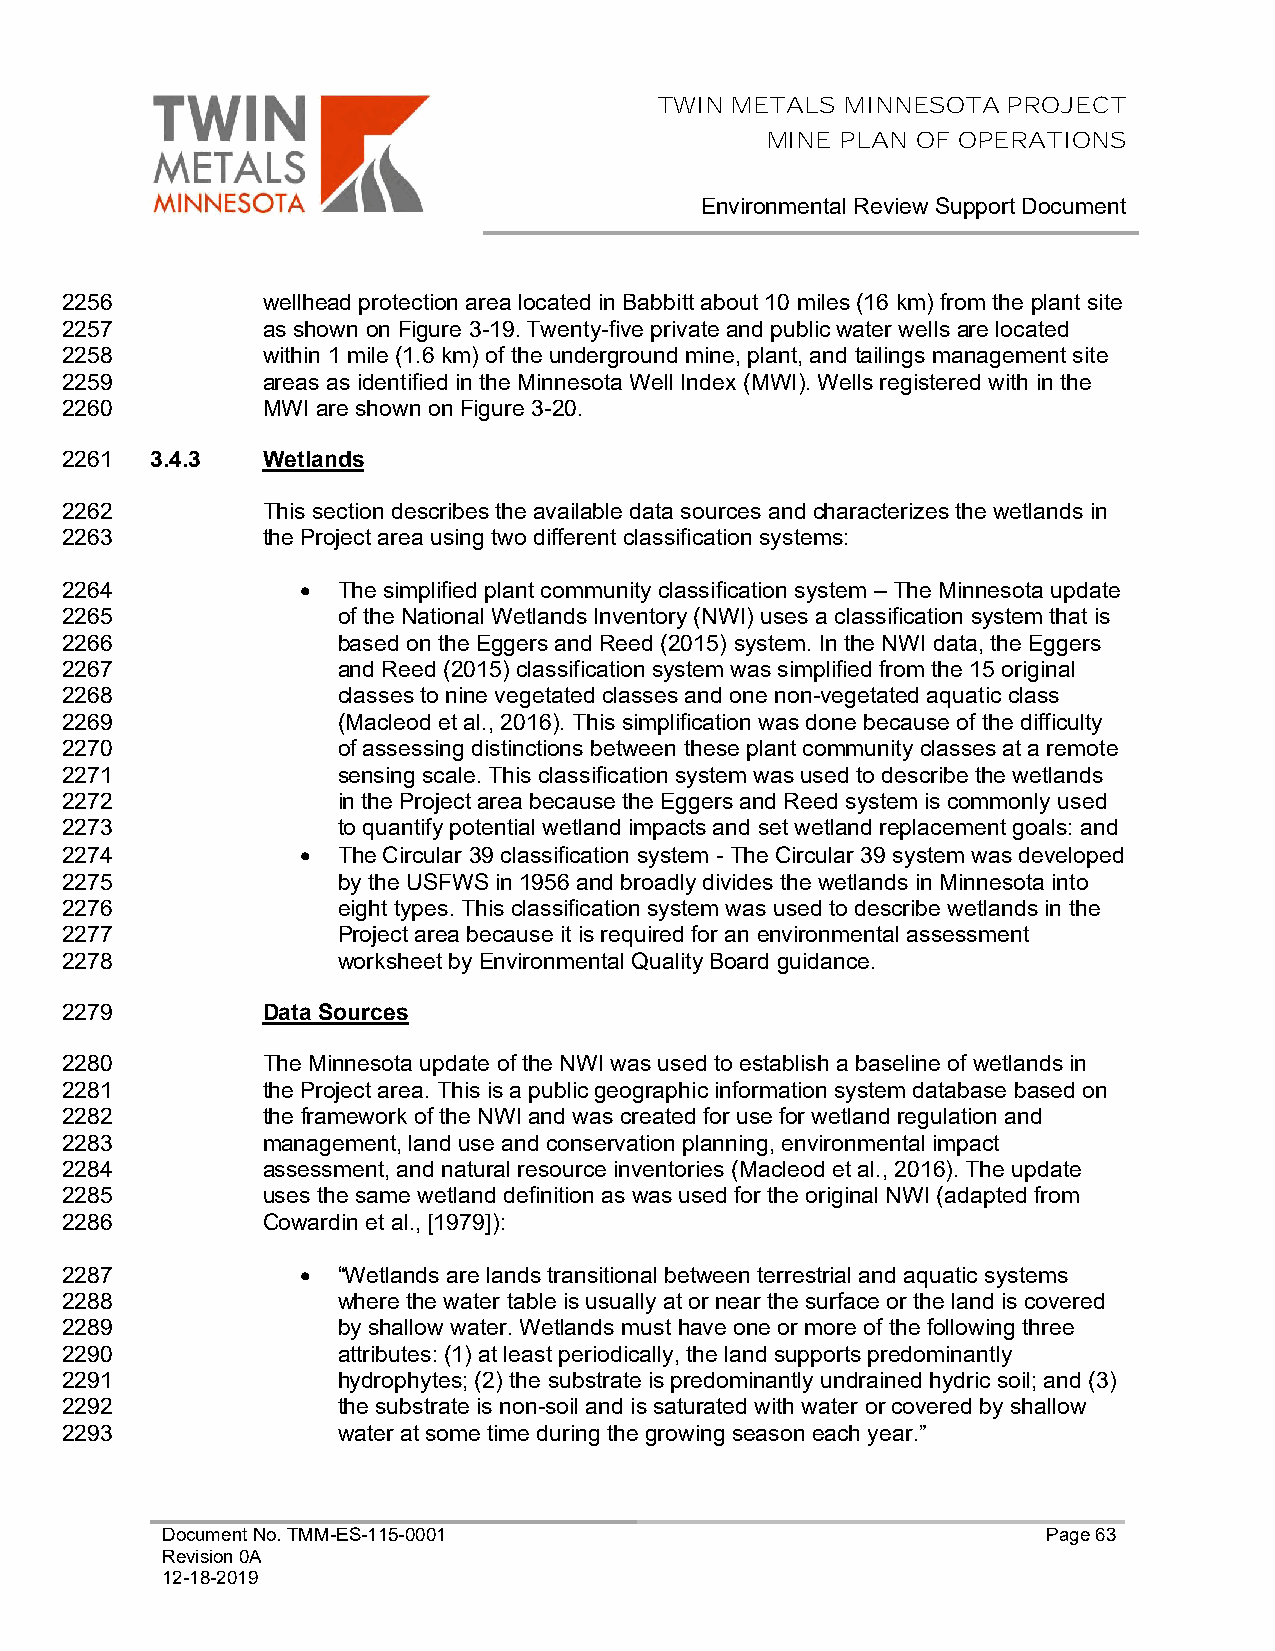
TWIN METALS MINNESOTA  PROJECT
 MINE PLAN OF OPERATIONS
 Environmental Review Support Document
 2256         wellhead protection area located in Babbitt about 10 miles (16 km) from the plant site
 2257         as shown on Figure 3-19. Twenty-five private and public water wells are located
 2258         within 1 mile (1.6 km) of the underground mine, plant, and tailings management site
 2259         areas as identified in the Minnesota Well Index (MWI). Wells registered with in the
 2260         MWI are shown on Figure 3-20.
 2261  3.4.3  Wetlands
 2262         This section describes the available data sources and characterizes the wetlands in
 2263         the Project area using two different classification systems:
 2264            • The simplified plant community classification system – The Minnesota update
 2265              of the National Wetlands Inventory (NWI) uses a classification system that is
 2266              based on the Eggers and Reed (2015) system. In the NWI data, the Eggers
 2267              and Reed (2015) classification system was simplified from the 15 original
 2268              classes to nine vegetated classes and one non-vegetated aquatic class
 2269              (Macleod et al., 2016). This simplification was done because of the difficulty
 2270              of assessing distinctions between these plant community classes at a remote
 2271              sensing scale. This classification system was used to describe the wetlands
 2272              in the Project area because the Eggers and Reed system is commonly used
 2273              to quantify potential wetland impacts and set wetland replacement goals: and
 2274            • The Circular 39 classification system - The Circular 39 system was developed
 2275              by the USFWS in 1956 and broadly divides the wetlands in Minnesota into
 2276              eight types. This classification system was used to describe wetlands in the
 2277              Project area because it is required for an environmental assessment
 2278              worksheet by Environmental Quality Board guidance.
 2279         Data Sources
 2280         The Minnesota update of the NWI was used to establish a baseline of wetlands in
 2281         the Project area. This is a public geographic information system database based on
 2282         the framework of the NWI and was created for use for wetland regulation and
 2283         management, land use and conservation planning, environmental impact
 2284         assessment, and natural resource inventories (Macleod et al., 2016). The update
 2285         uses the same wetland definition as was used for the original NWI (adapted from
 2286         Cowardin et al., [1979]):
 2287            • “Wetlands are lands transitional between terrestrial and aquatic systems
 2288              where the water table is usually at or near the surface or the land is covered
 2289              by shallow water. Wetlands must have one or more of the following three
 2290              attributes: (1) at least periodically, the land supports predominantly
 2291              hydrophytes; (2) the substrate is predominantly undrained hydric soil; and (3)
 2292              the substrate is non-soil and is saturated with water or covered by shallow
 2293              water at some time during the growing season each year.”
 Document No. TMM-ES-115-0001                              Page 63
 Revision 0A
 12-18-2019